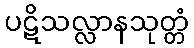
ပဋိသလ္လာနသုတ္တံ